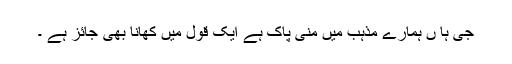
جی ہا ں ہمارے مذہب ميں منی پاک ہے ايک قول ميں کھانا بھی جائز ہے ۔